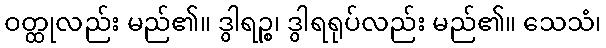
ဝတ္ထုလည်း မည်၏။ ဒွါရဉ္စ၊ ဒွါရရုပ်လည်း မည်၏။ သေသံ၊